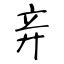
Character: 竎